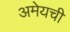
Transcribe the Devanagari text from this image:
अमेयची